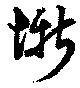
慚